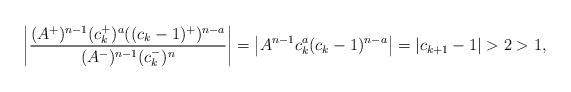
LaTeX: \begin{align*} \left| \frac{(A^+)^{n-1}(c_k^+)^a((c_k - 1)^+)^{n-a}}{(A^-)^{n-1}(c_k^-)^n} \right| = \left| A^{n-1}c_{k}^a(c_{k} - 1)^{n-a} \right| = |c_{k+1} -1| > 2 > 1,\end{align*}